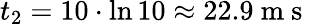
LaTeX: t_{2}=10\cdot\ln 10\approx 22.9\mathrm{~m~s~}